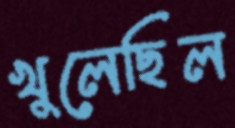
খুলেছিল